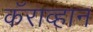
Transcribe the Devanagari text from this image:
कॅराव्हान